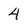
Character: 4